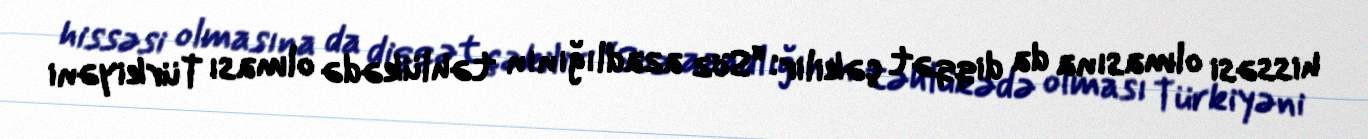
hissəsi olmasına da diqqət çəkilir: “Söz azadlığının təhlükədə olması Türkiyəni